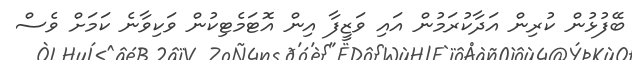
ބޭފުޅުން ކުރިން އަދާކުރަމުން އައި ވަޒީފާ އިން އޮޓަމެޓިކުން ވަކިވާނެ ކަމަށް ވެސް